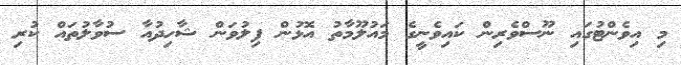
މި އިވެންޓުގައި ނޫސްވެރިން ކައިވެނީގެ މައުލޫމާތު އޮޅުން ފިލުވަން ޝާހިދުއާ ސުވާލުތައް ކުރި